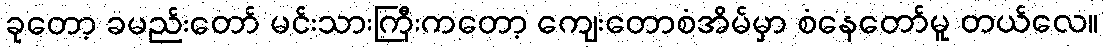
ခုတော့ ခမည်းတော် မင်းသားကြီးကတော့ ကျေးတောစံအိမ်မှာ စံနေတော်မူ တယ်လေ။